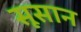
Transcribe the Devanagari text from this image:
सूसान